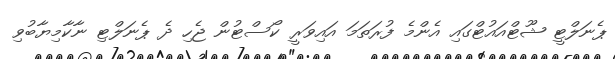
ޕެނަލްޓީ ޝޫޓްއައުޓްގައި އެންމެ ފުރަތަމަ އައިވަރީ ކޯސްޓުން ޖެހި ދެ ޕެނަލްޓި ނާކާމިޔާބުވި